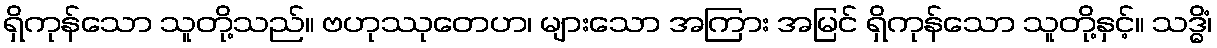
ရှိကုန်သော သူတို့သည်။ ဗဟုဿုတေဟ၊ များသော အကြား အမြင် ရှိကုန်သော သူတို့နှင့်။ သဒ္ဓိံ၊